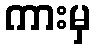
ကားမှ